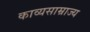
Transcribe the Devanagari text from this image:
काव्यसाम्राज्य